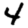
Digit: 4